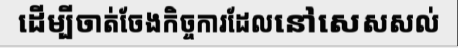
ដើម្បីចាត់ចែងកិច្ចការដែលនៅសេសសល់